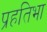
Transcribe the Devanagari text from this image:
प्रहतिभा